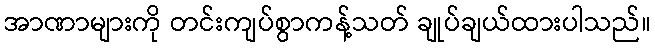
အာဏာများကို တင်းကျပ်စွာကန့်သတ် ချုပ်ချယ်ထားပါသည်။